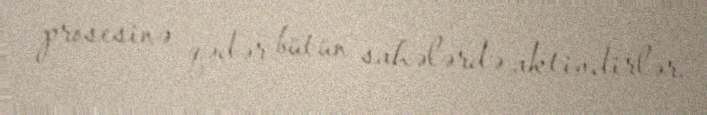
prosesinə qədər bütün sahələrdə aktivdirlər.